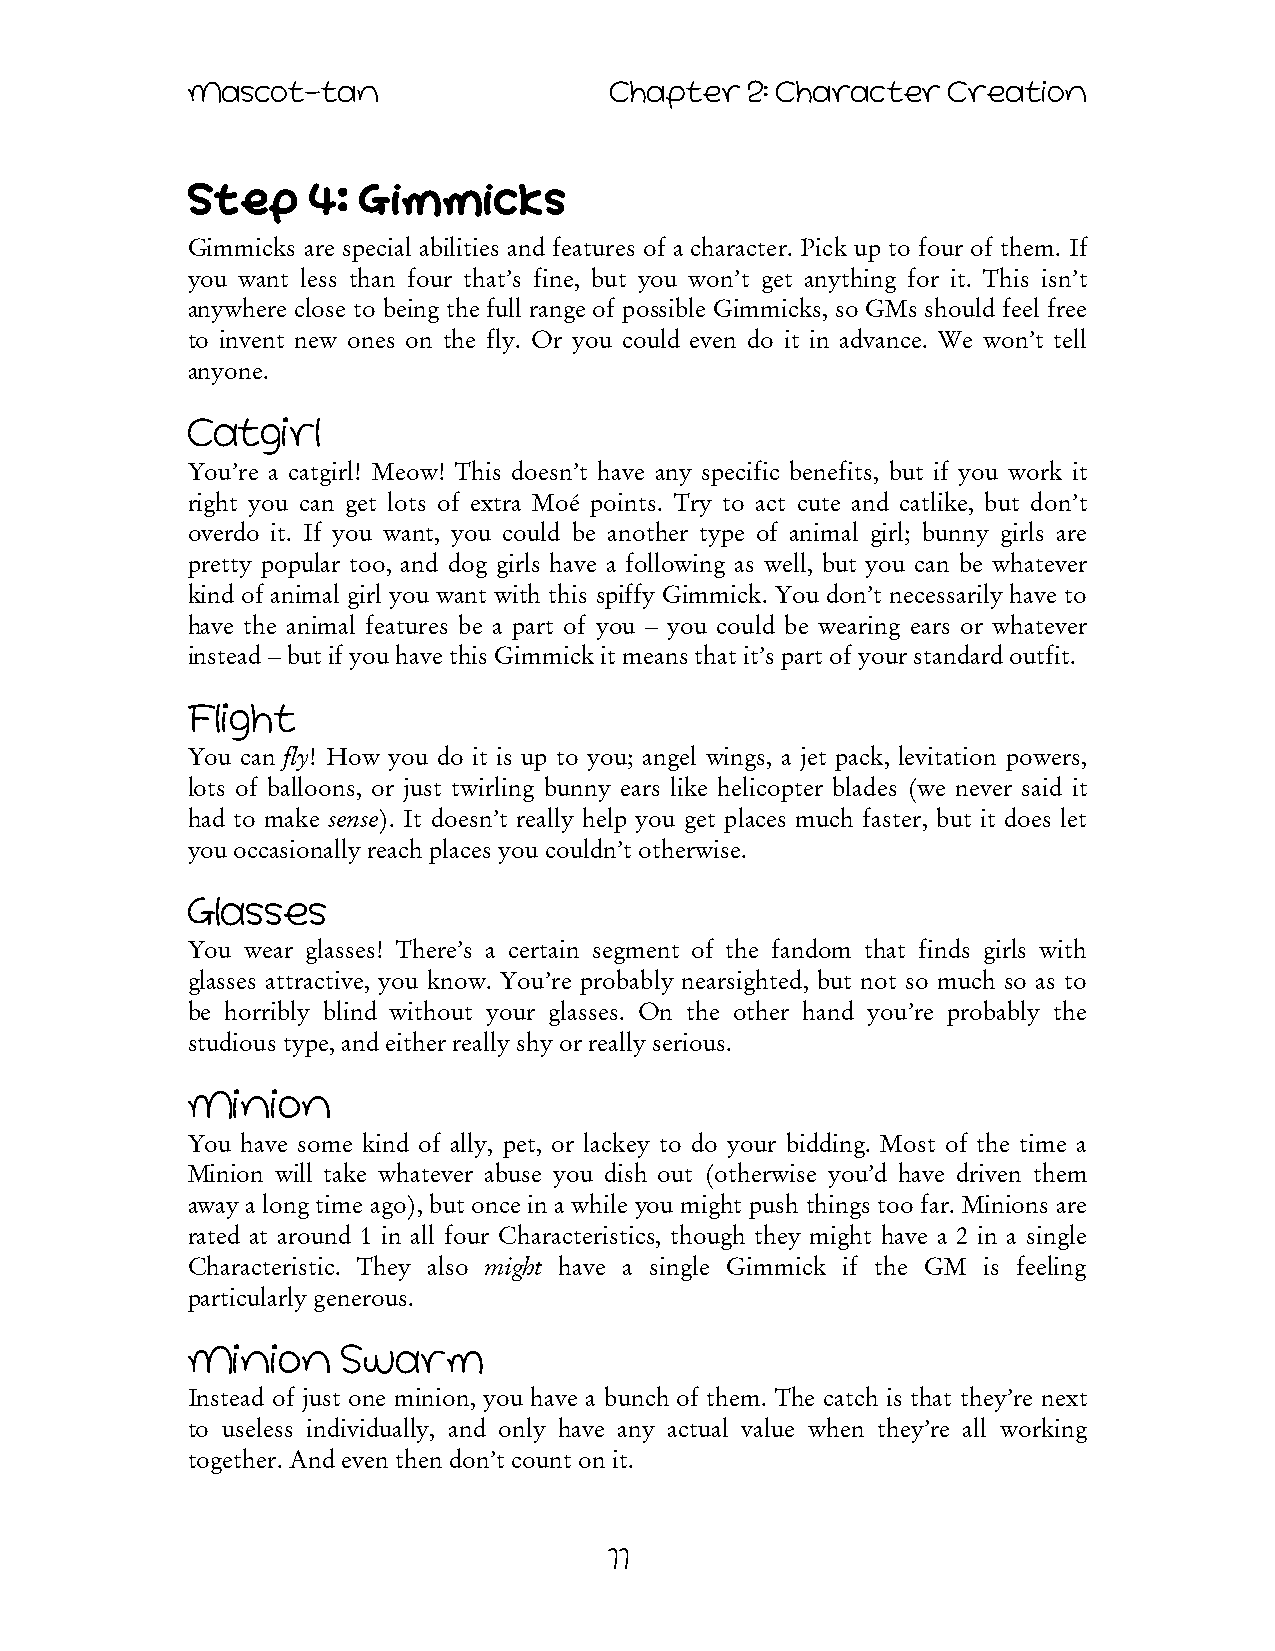
Mascot-tan                  Chapter   2: Character Creation
 Step     4: Gimmicks
 Gimmicks are special abilities and features of a character. Pick up to four of them. If
 you want less than four that’s fine, but you won’t get anything for it. This isn’t
 anywhere close to being the full range of possible Gimmicks, so GMs should feel free
 to invent new ones on the fly. Or you could even do it in advance. We won’t tell
 anyone.
 Catgirl
 You’re a catgirl! Meow! This doesn’t have any specific benefits, but if you work it
 right you can get lots of extra Moé points. Try to act cute and catlike, but don’t
 overdo it. If you want, you could be another type of animal girl; bunny girls are
 pretty popular too, and dog girls have a following as well, but you can be whatever
 kind of animal girl you want with this spiffy Gimmick. You don’t necessarily have to
 have the animal features be a part of you – you could be wearing ears or whatever
 instead – but if you have this Gimmick it means that it’s part of your standard outfit.
 Flight
 You can fly! How you do it is up to you; angel wings, a jet pack, levitation powers,
 lots of balloons, or just twirling bunny ears like helicopter blades (we never said it
 had to make sense). It doesn’t really help you get places much faster, but it does let
 you occasionally reach places you couldn’t otherwise.
 Glasses
 You wear glasses! There’s a certain segment of the fandom that finds girls with
 glasses attractive, you know. You’re probably nearsighted, but not so much so as to
 be horribly blind without your glasses. On the other hand you’re probably the
 studious type, and either really shy or really serious.
 Minion
 You have some kind of ally, pet, or lackey to do your bidding. Most of the time a
 Minion will take whatever abuse you dish out (otherwise you’d have driven them
 away a long time ago), but once in a while you might push things too far. Minions are
 rated at around 1 in all four Characteristics, though they might have a 2 in a single
 Characteristic. They also might have a single Gimmick if the GM is feeling
 particularly generous.
 Minion     Swarm
 Instead of just one minion, you have a bunch of them. The catch is that they’re next
 to useless individually, and only have any actual value when they’re all working
 together. And even then don’t count on it.
 11